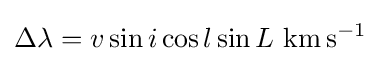
\Delta \lambda =v\sin i\cos l\sin L~{\mbox{km}}\,{\mbox{s}}^{-1}